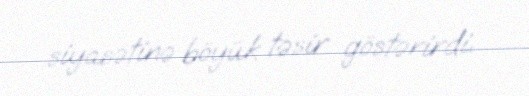
siyasətinə böyük təsir göstərirdi.